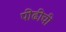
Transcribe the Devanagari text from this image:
पीढीची